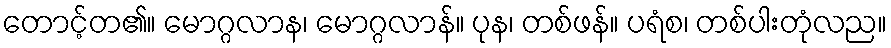
တောင့်တ၏။ မောဂ္ဂလာန၊ မောဂ္ဂလာန်။ ပုန၊ တစ်ဖန်။ ပရံစ၊ တစ်ပါးတုံလည။